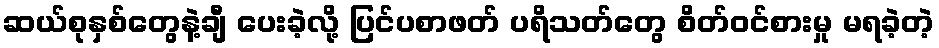
ဆယ်စုနှစ်တွေနဲ့ချီ ပေးခဲ့လို့ ပြင်ပစာဖတ် ပရိသတ်တွေ စိတ်ဝင်စားမှု မရခဲ့တဲ့